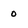
Character: 0